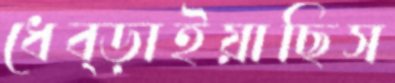
ধেব্‌ড়াইয়াছিস